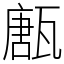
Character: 㼺